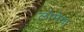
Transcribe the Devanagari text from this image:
लोमेगा